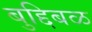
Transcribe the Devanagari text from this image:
बुद्दिबळ